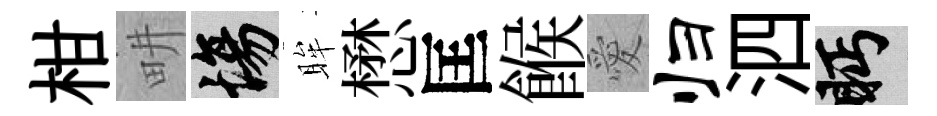
柑畊場眸懋匡餱愛归泗眄